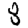
Digit: 8